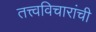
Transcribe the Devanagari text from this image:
तत्त्वविचारांची